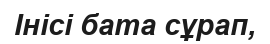
Інісі бата сұрап,